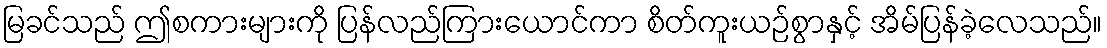
မြခင်သည် ဤစကားများကို ပြန်လည်ကြားယောင်ကာ စိတ်ကူးယဉ်စွာနှင့် အိမ်ပြန်ခဲ့လေသည်။